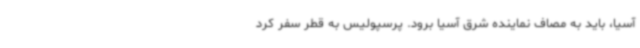
آسیا، باید به مصاف نماینده شرق آسیا برود. پرسپولیس‌ به قطر سفر کرد